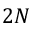
2 N